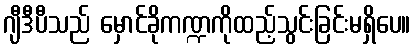
ဂျီဒီပီသည် မှောင်ခိုကဏ္ဍကိုထည့်သွင်းခြင်းမရှိပေ။